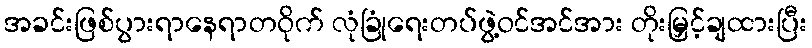
အခင်းဖြစ်ပွားရာနေရာတဝိုက် လုံခြုံရေးတပ်ဖွဲ့ဝင်အင်အား တိုးမြှင့်ချထားပြီး